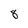
Character: 8